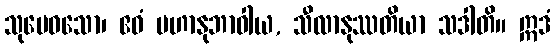
သုမေဓသော၊ ဧဝံ မဟာနုဘာဝါယ, သီလာနုဿတိယာ သဒါတိ။ ဣဒံ